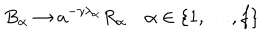
LaTeX: B _ { \alpha } \to a ^ { - \gamma \lambda _ { \alpha } } R _ { \alpha } \quad \alpha \in \{ 1 , \ldots , f \}